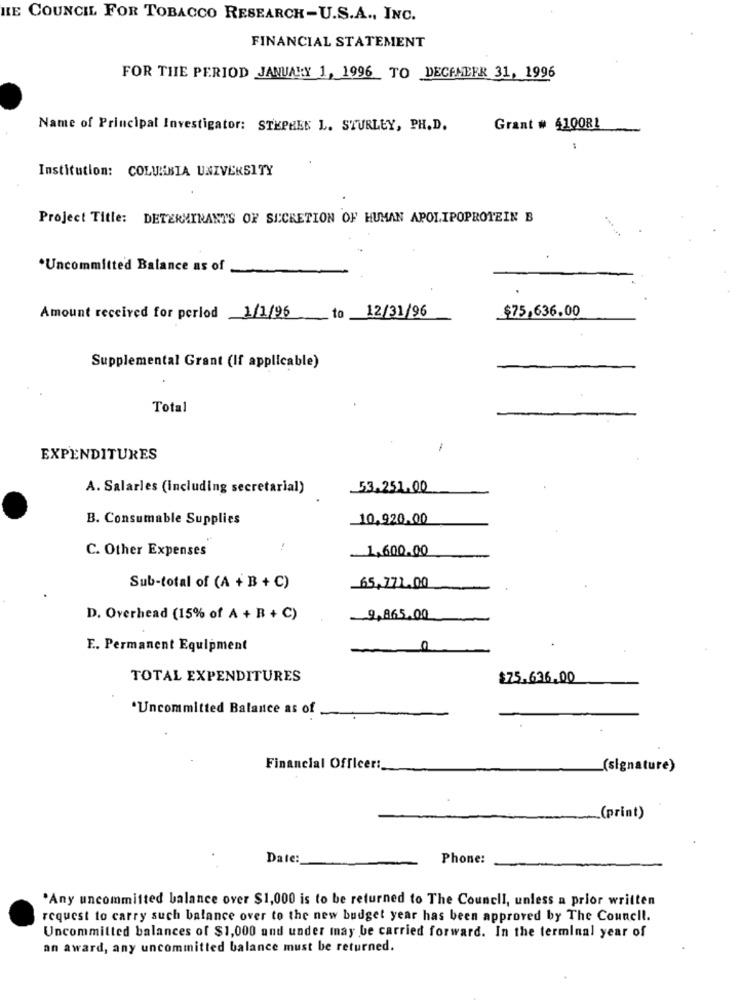
HE COUNCIL FOR TOBACCO RESEARCH-U.S.A ., INC.
FINANCIAL STATEMENT
FOR THE PERIOD JANUARY 1, 1996 TO DECEMBER 31, 1996
Name of Principal Investigator: STEPHEN L. STURLEY, PH. D.
Grant # 410081
:
Institution: COLUMBIA UNIVERSITY
Project Title: DETERMINANTS OF SECRETION OF HUMAN APOLIPOPROTEIN B
*Uncommitted Balance as of
to 12/31/96
$75,636.00
Amount received for period 1/1/96
Supplemental Grant (If applicable)
Total
EXPENDITURES
A. Salarles (including secretarial)
53.251.00
B. Consumable Supplies
10,920.00
C. Other Expenses
1,600.00
Sub-total of (A + B + C)
65,771.00
D. Overhead (15% of A + B + C)
9,865.00
F. Permanent Equipment
C
TOTAL EXPENDITURES
$75.636.00
*Uncommitted Balance as of
Financial Officer:
(signature)
__ (print)
Date:
Phone:
'Any uncommitted balance over $1,000 is to be returned to The Council, unless a prior written
request to carry such balance over to the new budget year has been approved by The Council.
Uncommitted balances of $1,000 and under may be carried forward. In the terminal year of
an award, any uncommitted balance must be returned.